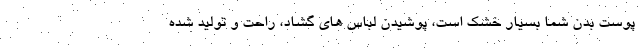
پوست بدن شما بسیار خشک است، پوشیدن لباس های گشاد، راحت و تولید شده